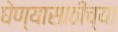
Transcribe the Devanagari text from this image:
घेण्यासाठीच्या